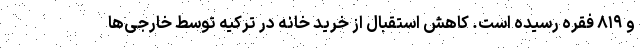
و ۸۱۹ فقره رسیده است. کاهش استقبال از خرید خانه در ترکیه توسط خارجی‌ها